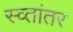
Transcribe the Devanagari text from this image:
स्व्तांतर